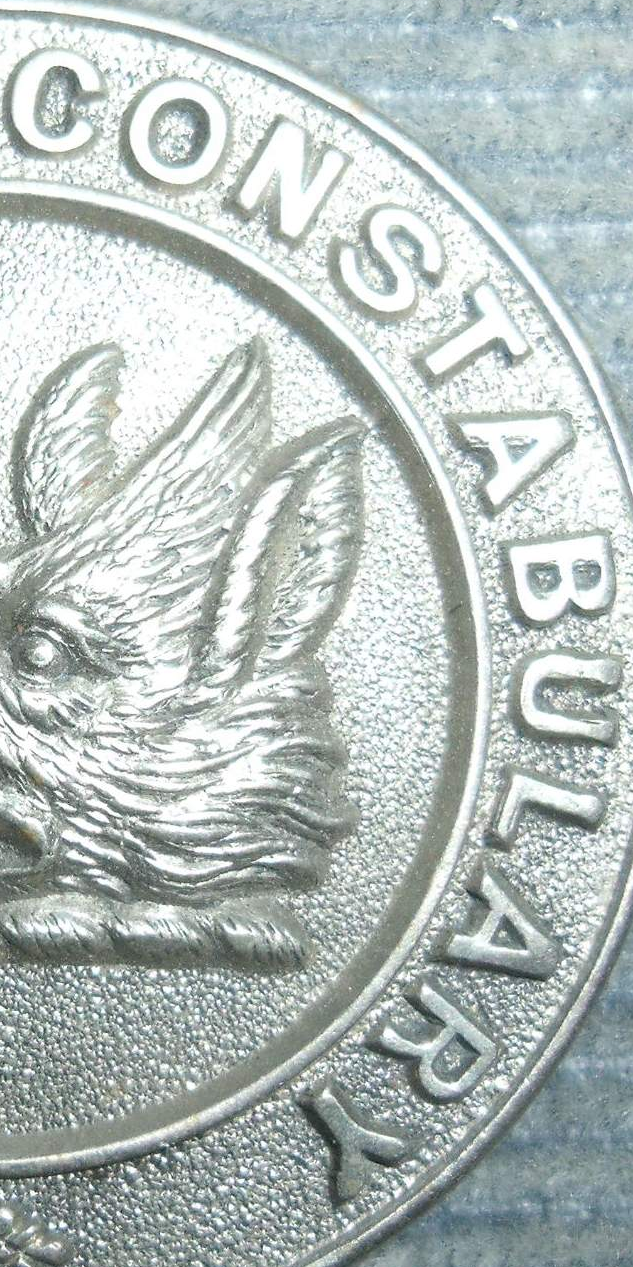
CONSTABULARY